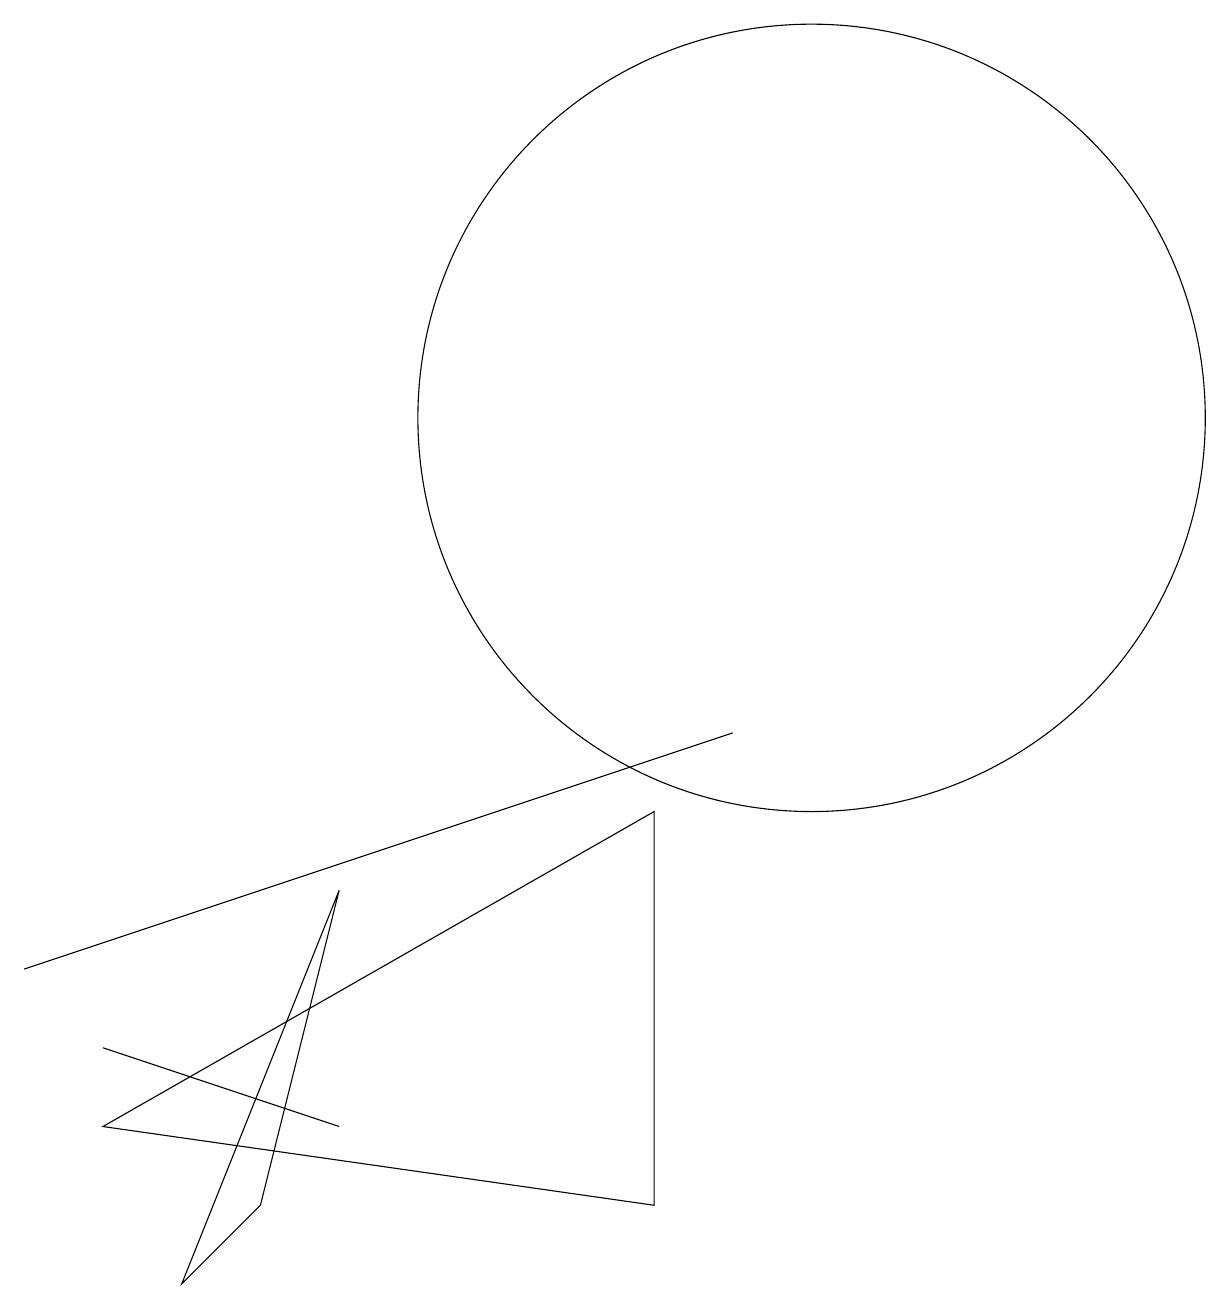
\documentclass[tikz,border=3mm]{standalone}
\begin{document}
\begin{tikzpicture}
\draw (3,5) -- (9,7) -- (0,4) -- cycle;
\draw (4,2) -- (1,3) -- (4,2) -- cycle;
\draw (3,1) -- (4,5) -- (2,0) -- cycle;
\draw (10,11) circle (5);
\draw (8,6) -- (1,2) -- (8,1) -- cycle;
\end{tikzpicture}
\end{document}